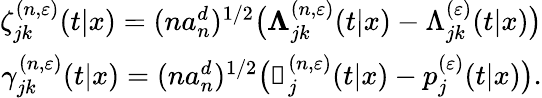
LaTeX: \begin{array}{r}{\zeta_{jk}^{(n,\varepsilon)}(t|x)=(na_{n}^{d})^{1/2}\big(\mathbb{\Lambda}_{jk}^{(n,\varepsilon)}(t|x)-\Lambda_{jk}^{(\varepsilon)}(t|x)\big)}\\ {\gamma_{jk}^{(n,\varepsilon)}(t|x)=(na_{n}^{d})^{1/2}\big(\mathbb{p}_{j}^{(n,\varepsilon)}(t|x)-p_{j}^{(\varepsilon)}(t|x)\big).}\end{array}